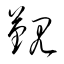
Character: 覲